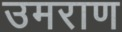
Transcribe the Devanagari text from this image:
उमराण